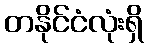
တနိုင်ငံလုံးရှိ